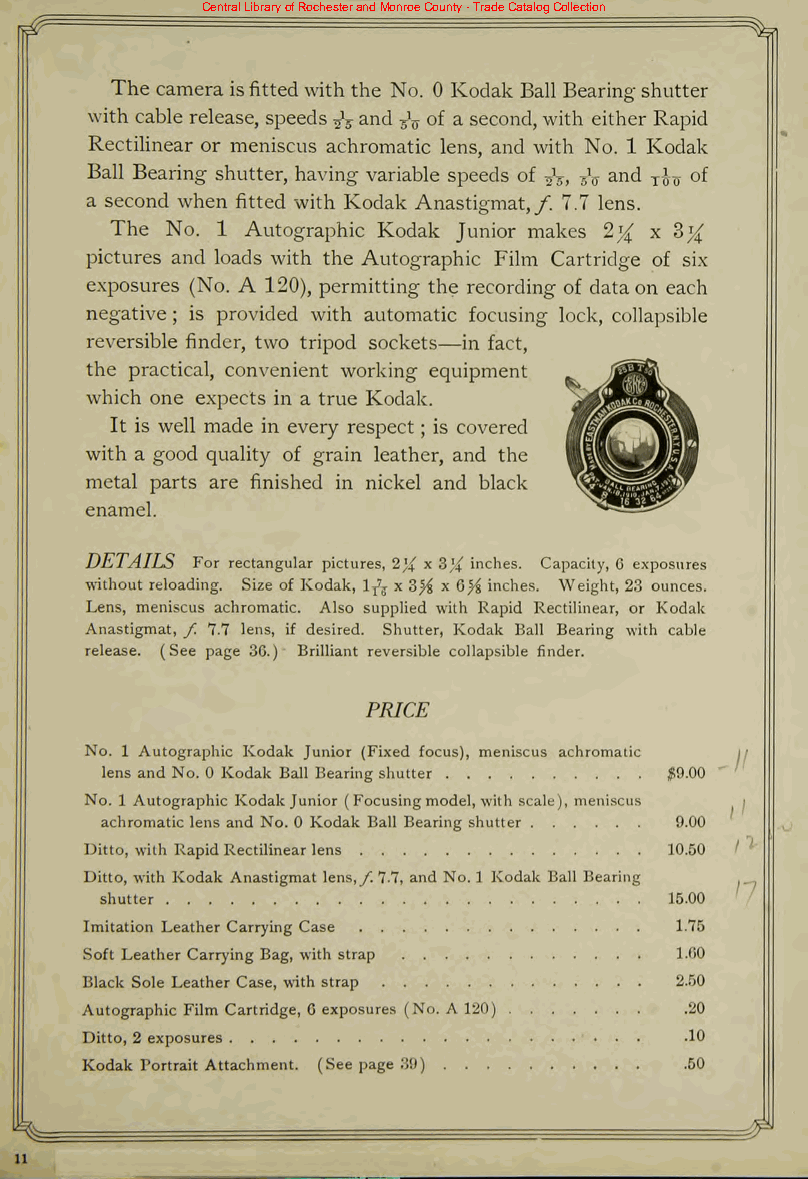
Central Library of Rochester and Monroe County - Trade Catalog Collection
 The camera isfittedwith the No. 0 Kodak Ball Bearing shutter
 with cable release, speeds^Vand 3V of a second,with either Rapid
 Rectilinear or meniscus achromatic lens, and with No. 1 Kodak
 Ball Bearing shutter, having variable speeds of is, -fa and T^ of
 a second when fitted with Kodak Anastigmat,/. 7.7 lens.
 The No. 1 Autographic Kodak Junior makes 2}( x Sj{
 pictures and loads with the Autographic Film Cartridge of six
 exposures (No. A 120), permitting the recording of data on each
 negative ; is provided with automatic focusing lock, collapsible
 reversible finder, two tripod sockets in fact,
 the practical, convenient working equipment jHH^
 which one expects in a true Kodak. 4J^^^^^
 It is well made in every respect ; is covered MmT lHwi
 with a good quality of grain leather, and th< \'^^s^ME 'i
 metal parts are finished in nickel and black ^SfflffiffiRg}^
 enamel.                          N^aB*5^
 DETAILS For rectangular pictures, 2]( x S}{ inches. Capacity, 0 exposures
 without reloading. Size of Kodak, 1^ x 3} x Q% inches. Weight, 23 ounces.
 Lens, meniscus achromatic. Also supplied with Rapid Rectilinear, or Kodak
 Anastigmat, / 7.7 lens, if desired. Shutter, Kodak Ball Bearing with cable
 release. (See page 30.) Brilliant reversible collapsible finder.
 PRICE
 No. 1 Autographic Kodak Junior (Fixed focus), meniscus achromatic
 lens and No. 0 Kodak Ball Bearingshutter #9.00
 No. 1 Autographic KodakJunior (Focusingmodel,with scale), meniscus
 achromatic lens and No. 0 Kodak Ball Bearing shutter 9.00
 Ditto, with RapidRectilinearlens      10.50
 Ditto, with Kodak Anastigmat lens,/7.7, and No. 1 Kodak Ball Bearing
 shutter                              15.00
 Imitation Leather Carrying Case        1.75
 Soft Leather Carrying Bag, with strap  1.00
 Black Sole Leather Case, with strap     2.50
 Autographic Film Cartridge, 6 exposures (No. A 120) .20
 Ditto, 2 exposures                      .10
 Kodak Portrait Attachment. (See page 39) .50